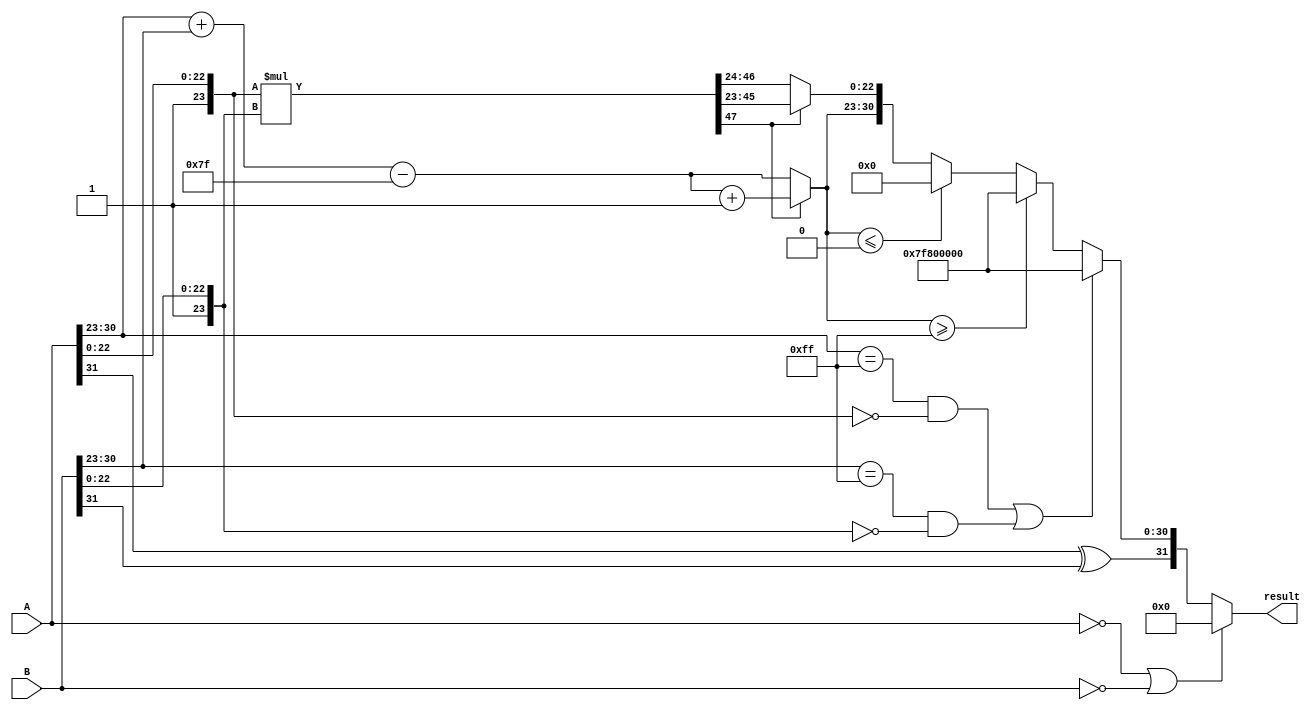
module Float_Multiplier (
    input [31:0] A, // First floating-point number
    input [31:0] B, // Second floating-point number
    output [31:0] result // Resulting floating-point number
);

    // Extract components from A and B
    wire sign_A = A[31];
    wire sign_B = B[31];
    
    wire [7:0] exp_A = A[30:23];
    wire [7:0] exp_B = B[30:23];
    
    wire [23:0] frac_A = {1'b1, A[22:0]}; // Implicit leading 1 for normalized number
    wire [23:0] frac_B = {1'b1, B[22:0]};

    // Bias for single-precision
    parameter BIAS = 8'd127;

    // Compute the output sign
    wire sign_result = sign_A ^ sign_B;

    // Exponent calculation
    wire [8:0] exp_sum = {1'b0, exp_A} + {1'b0, exp_B} - BIAS; // 1 extra bit for overflow
    wire [7:0] exp_result = exp_sum[7:0];

    // Mantissa multiplication
    wire [47:0] mantissa_product = frac_A * frac_B; // 24 bit * 24 bit = 48 bit

    // Normalize mantissa and calculate new exponent if necessary
    wire [23:0] normalized_mantissa;
    wire [7:0] adjusted_exponent;

    wire [47:0] mantissa_shifted;
    wire [7:0] final_exponent;
    
    assign mantissa_shifted = mantissa_product;
    
    // Normalization
    assign normalized_mantissa = mantissa_shifted[47] ? mantissa_shifted[46:23] : 
                                  mantissa_shifted[46:23] >> 1;
    
    assign final_exponent = mantissa_shifted[47] ? exp_result + 1 : exp_result;

    // Handle special cases: zero, overflow, and underflow
    wire is_zero_A = (A == 32'b0);
    wire is_zero_B = (B == 32'b0);
    
    wire is_infinity_A = (exp_A == 8'b11111111) && (frac_A == 24'b0);
    wire is_infinity_B = (exp_B == 8'b11111111) && (frac_B == 24'b0);

    reg [31:0] output_reg;

    always @(*) begin
        if (is_zero_A || is_zero_B) begin
            output_reg = 32'b0; // Multiplication by zero
        end else if (is_infinity_A || is_infinity_B) begin
            output_reg = {sign_result, 8'b11111111, 23'b0}; // Result is infinity
        end else if (final_exponent >= 8'd255) begin
            output_reg = {sign_result, 8'b11111111, 23'b0}; // Result is infinity
        end else if (final_exponent <= 8'd0) begin
            output_reg = {sign_result, 8'b0, 23'b0}; // Underflow to zero
        end else begin
            output_reg = {sign_result, final_exponent[7:0], normalized_mantissa[22:0]};
        end
    end

    // Assign final output
    assign result = output_reg;

endmodule